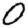
Digit: 0